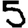
Digit: 5